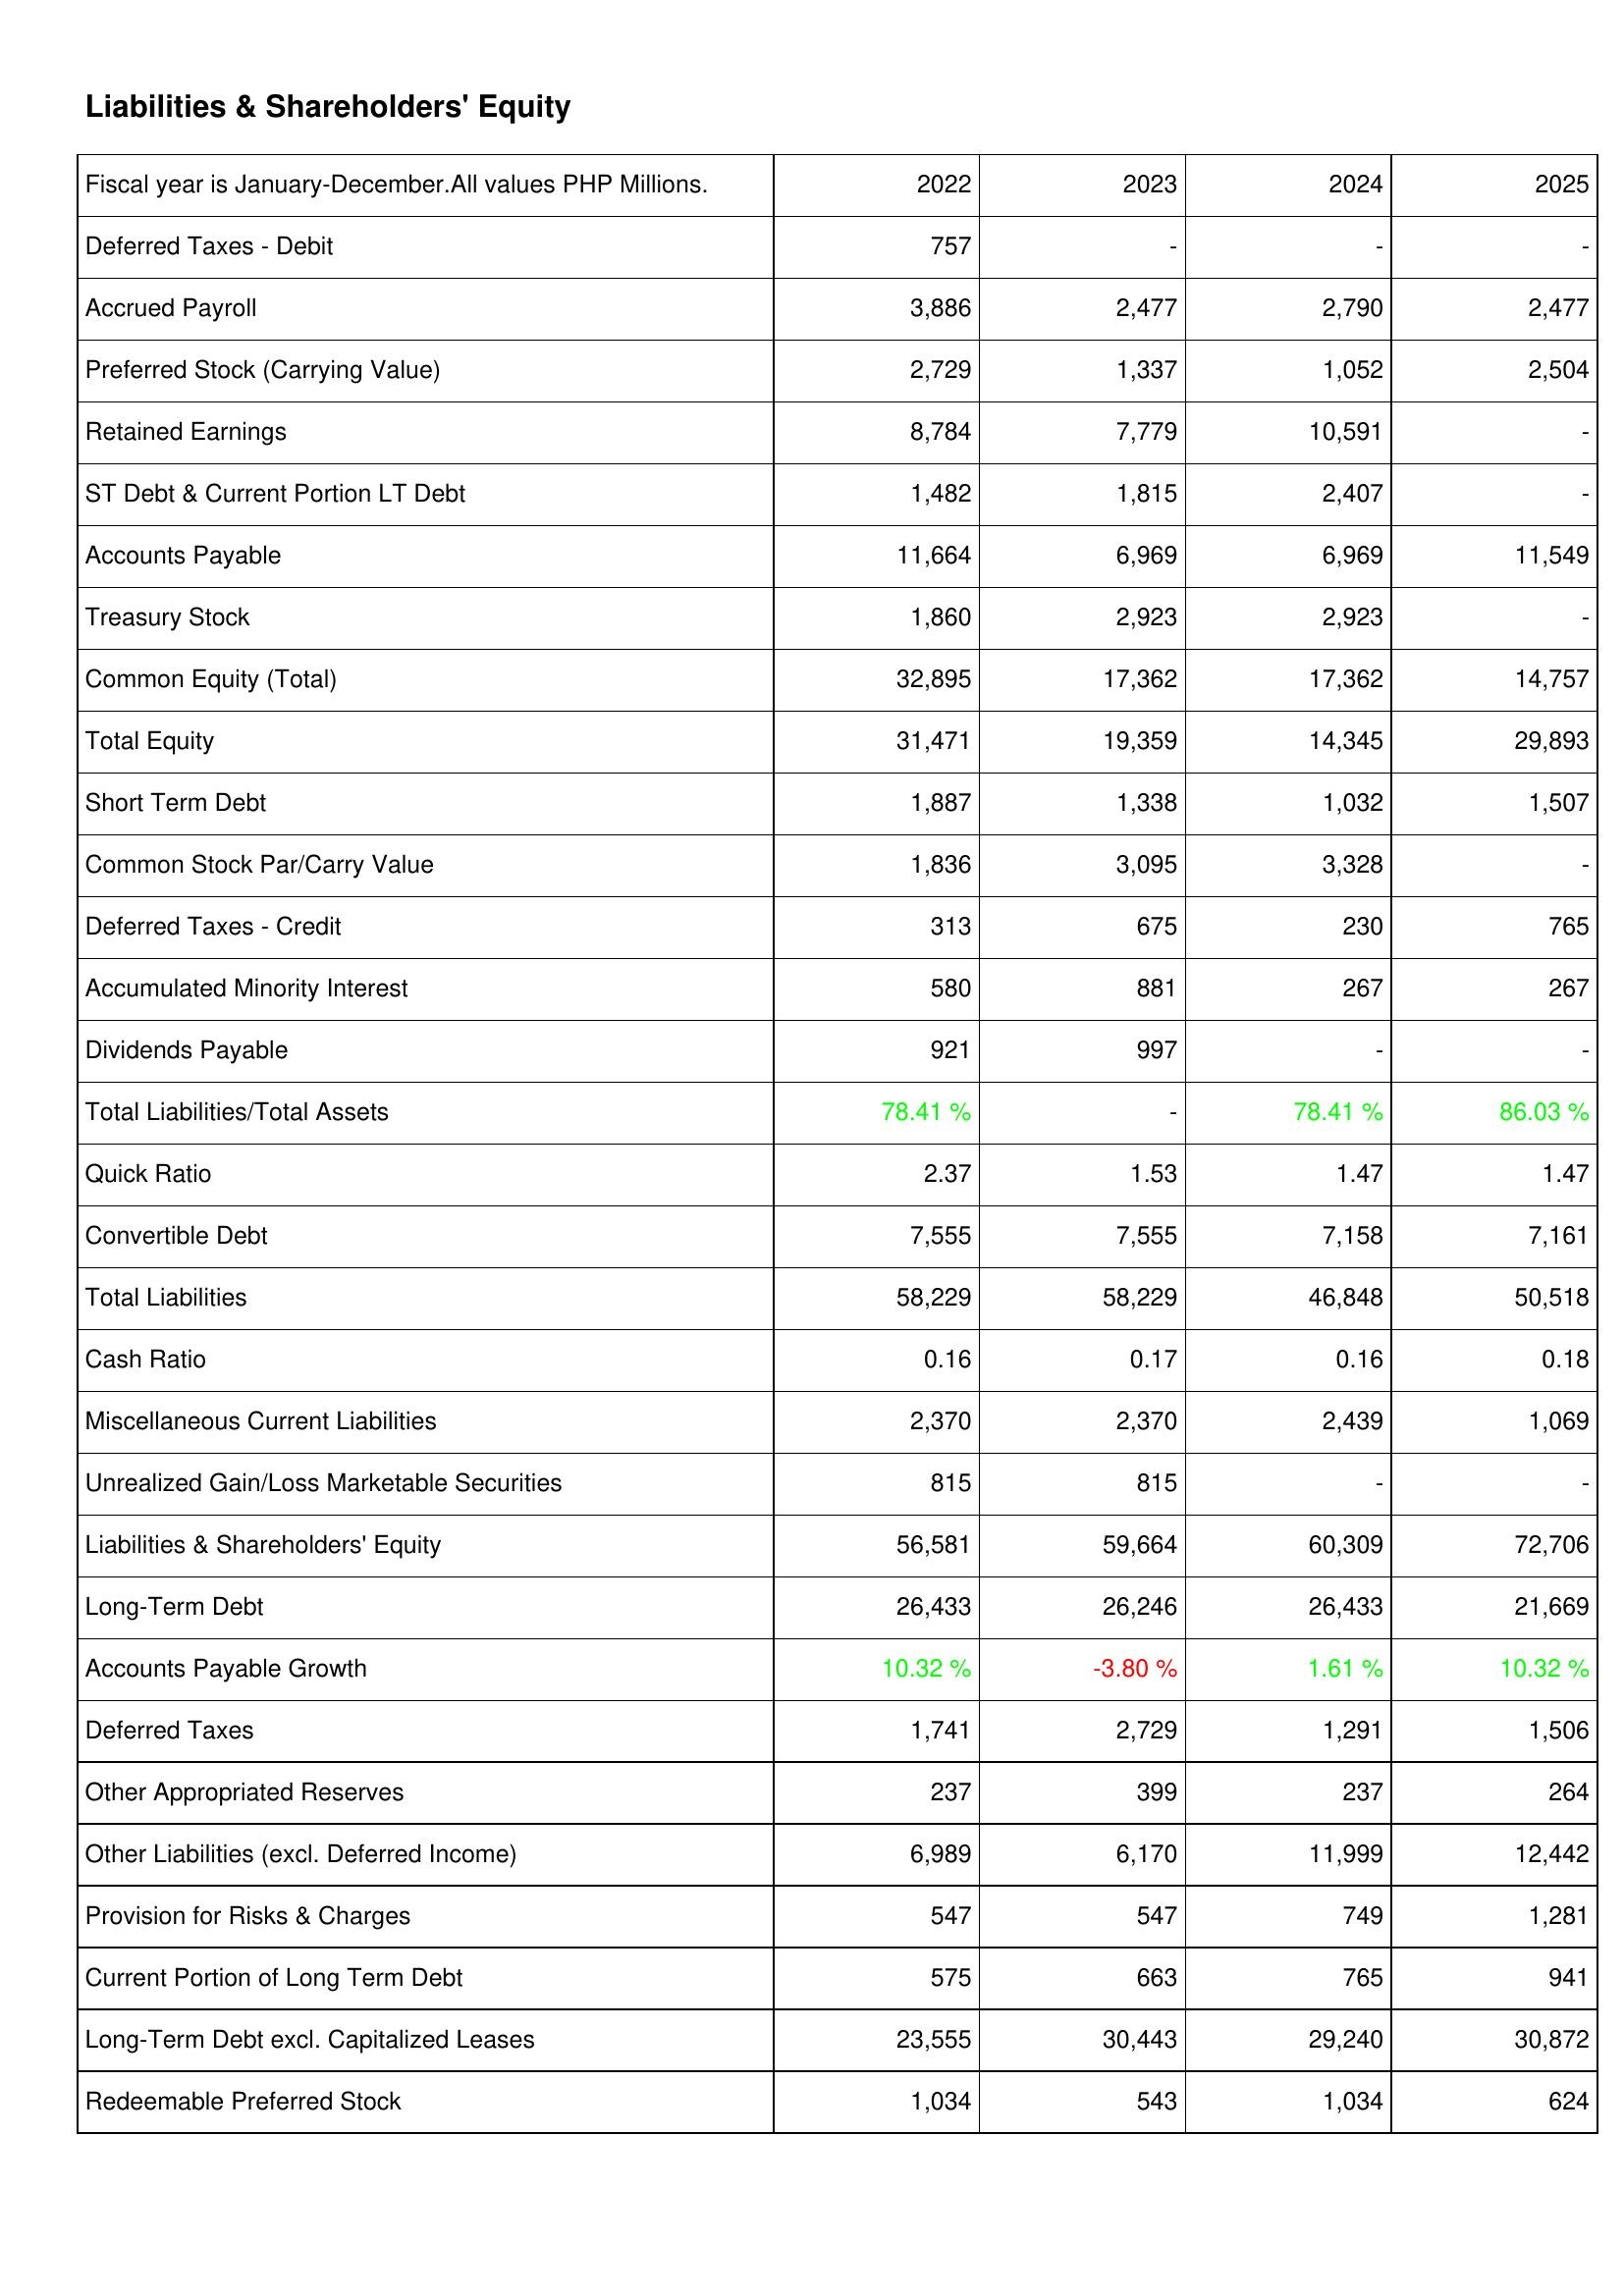
2022: Liabilities & Shareholders' Equity: Deferred Taxes - Debit: 757
Accrued Payroll: 3,886
Preferred Stock (Carrying Value): 2,729
Retained Earnings: 8,784
ST Debt & Current Portion LT Debt: 1,482
Accounts Payable: 11,664
Treasury Stock: 1,860
Common Equity (Total): 32,895
Total Equity: 31,471
Short Term Debt: 1,887
Common Stock Par/Carry Value: 1,836
Deferred Taxes - Credit: 313
Accumulated Minority Interest: 580
Dividends Payable: 921
Total Liabilities/Total Assets: 78.41 %
Quick Ratio: 2.37
Convertible Debt: 7,555
Total Liabilities: 58,229
Cash Ratio: 0.16
Miscellaneous Current Liabilities: 2,370
Unrealized Gain/Loss Marketable Securities: 815
Liabilities & Shareholders' Equity: 56,581
Long-Term Debt: 26,433
Accounts Payable Growth: 10.32 %
Deferred Taxes: 1,741
Other Appropriated Reserves: 237
Other Liabilities (excl. Deferred Income): 6,989
Provision for Risks & Charges: 547
Current Portion of Long Term Debt: 575
Long-Term Debt excl. Capitalized Leases: 23,555
Redeemable Preferred Stock: 1,034
2023: Liabilities & Shareholders' Equity: Deferred Taxes - Debit: -
Accrued Payroll: 2,477
Preferred Stock (Carrying Value): 1,337
Retained Earnings: 7,779
ST Debt & Current Portion LT Debt: 1,815
Accounts Payable: 6,969
Treasury Stock: 2,923
Common Equity (Total): 17,362
Total Equity: 19,359
Short Term Debt: 1,338
Common Stock Par/Carry Value: 3,095
Deferred Taxes - Credit: 675
Accumulated Minority Interest: 881
Dividends Payable: 997
Total Liabilities/Total Assets: -
Quick Ratio: 1.53
Convertible Debt: 7,555
Total Liabilities: 58,229
Cash Ratio: 0.17
Miscellaneous Current Liabilities: 2,370
Unrealized Gain/Loss Marketable Securities: 815
Liabilities & Shareholders' Equity: 59,664
Long-Term Debt: 26,246
Accounts Payable Growth: -3.80 %
Deferred Taxes: 2,729
Other Appropriated Reserves: 399
Other Liabilities (excl. Deferred Income): 6,170
Provision for Risks & Charges: 547
Current Portion of Long Term Debt: 663
Long-Term Debt excl. Capitalized Leases: 30,443
Redeemable Preferred Stock: 543
2024: Liabilities & Shareholders' Equity: Deferred Taxes - Debit: -
Accrued Payroll: 2,790
Preferred Stock (Carrying Value): 1,052
Retained Earnings: 10,591
ST Debt & Current Portion LT Debt: 2,407
Accounts Payable: 6,969
Treasury Stock: 2,923
Common Equity (Total): 17,362
Total Equity: 14,345
Short Term Debt: 1,032
Common Stock Par/Carry Value: 3,328
Deferred Taxes - Credit: 230
Accumulated Minority Interest: 267
Dividends Payable: -
Total Liabilities/Total Assets: 78.41 %
Quick Ratio: 1.47
Convertible Debt: 7,158
Total Liabilities: 46,848
Cash Ratio: 0.16
Miscellaneous Current Liabilities: 2,439
Unrealized Gain/Loss Marketable Securities: -
Liabilities & Shareholders' Equity: 60,309
Long-Term Debt: 26,433
Accounts Payable Growth: 1.61 %
Deferred Taxes: 1,291
Other Appropriated Reserves: 237
Other Liabilities (excl. Deferred Income): 11,999
Provision for Risks & Charges: 749
Current Portion of Long Term Debt: 765
Long-Term Debt excl. Capitalized Leases: 29,240
Redeemable Preferred Stock: 1,034
2025: Liabilities & Shareholders' Equity: Deferred Taxes - Debit: -
Accrued Payroll: 2,477
Preferred Stock (Carrying Value): 2,504
Retained Earnings: -
ST Debt & Current Portion LT Debt: -
Accounts Payable: 11,549
Treasury Stock: -
Common Equity (Total): 14,757
Total Equity: 29,893
Short Term Debt: 1,507
Common Stock Par/Carry Value: -
Deferred Taxes - Credit: 765
Accumulated Minority Interest: 267
Dividends Payable: -
Total Liabilities/Total Assets: 86.03 %
Quick Ratio: 1.47
Convertible Debt: 7,161
Total Liabilities: 50,518
Cash Ratio: 0.18
Miscellaneous Current Liabilities: 1,069
Unrealized Gain/Loss Marketable Securities: -
Liabilities & Shareholders' Equity: 72,706
Long-Term Debt: 21,669
Accounts Payable Growth: 10.32 %
Deferred Taxes: 1,506
Other Appropriated Reserves: 264
Other Liabilities (excl. Deferred Income): 12,442
Provision for Risks & Charges: 1,281
Current Portion of Long Term Debt: 941
Long-Term Debt excl. Capitalized Leases: 30,872
Redeemable Preferred Stock: 624